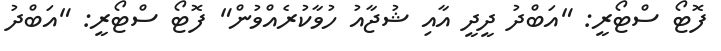
ފޮޓޯ ސްޓޯރީ: "އަބްދު ދީދީ އާއި ޝުޖާއު ހުވާކުރެއްވުން" ފޮޓޯ ސްޓޯރީ: "އަބްދު